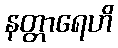
နတ္တာရေဟိ